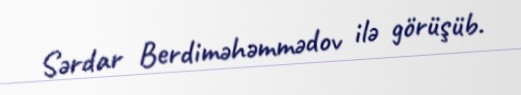
Sərdar Berdiməhəmmədov ilə görüşüb.